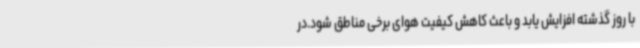
با روز گذشته افزایش یابد و باعث کاهش کیفیت هوای برخی مناطق شود.در